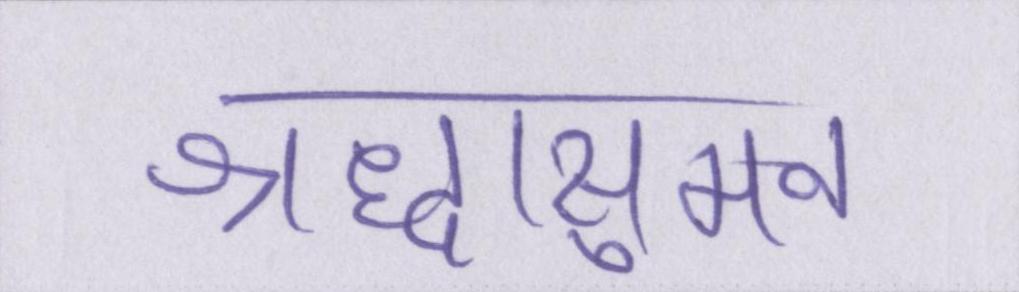
श्रद्धासुमन